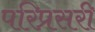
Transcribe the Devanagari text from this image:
परिप्रसरी